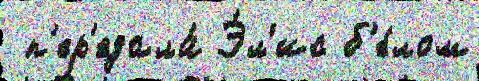
 п'ер'едала́ Э́л'ис б'е́лом